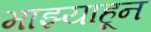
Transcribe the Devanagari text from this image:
माझ्याहून